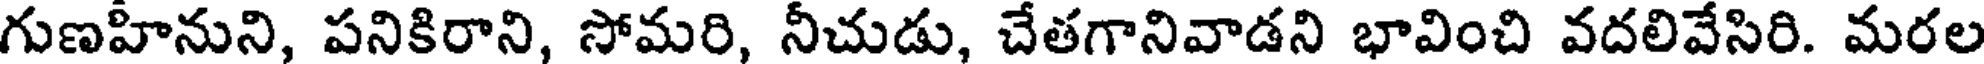
గుణహినుని, పనికిరాని, సోమరి, నీచుడు, చేతగానివాడని భావించి వదలివేసిరి. మరల